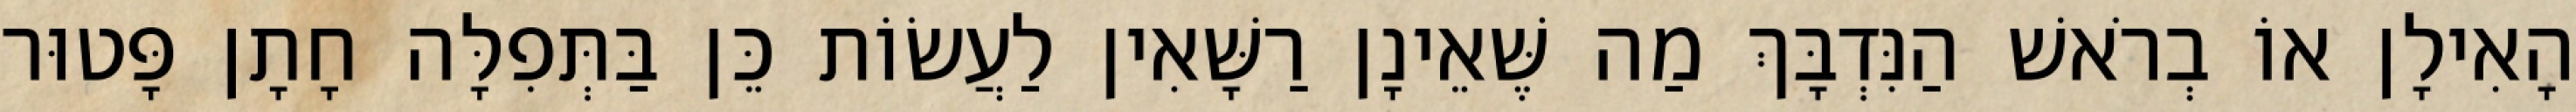
הָאִילָן אוֹ בְרֹאשׁ הַנִּדְבָּךְ מַה שֶּׁאֵינָן רַשָּׁאִין לַעֲשׂוֹת כֵּן בַּתְּפִלָּה חָתָן פָּטוּר